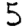
Digit: 5